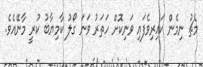
މެޗު ނިމެން ކައިރިވެފައި ވަނިކޮށް ހަތަރު ވަނަ ގޯލު ކާމިޔާބު ކުރީ މާނޭއެވެ.